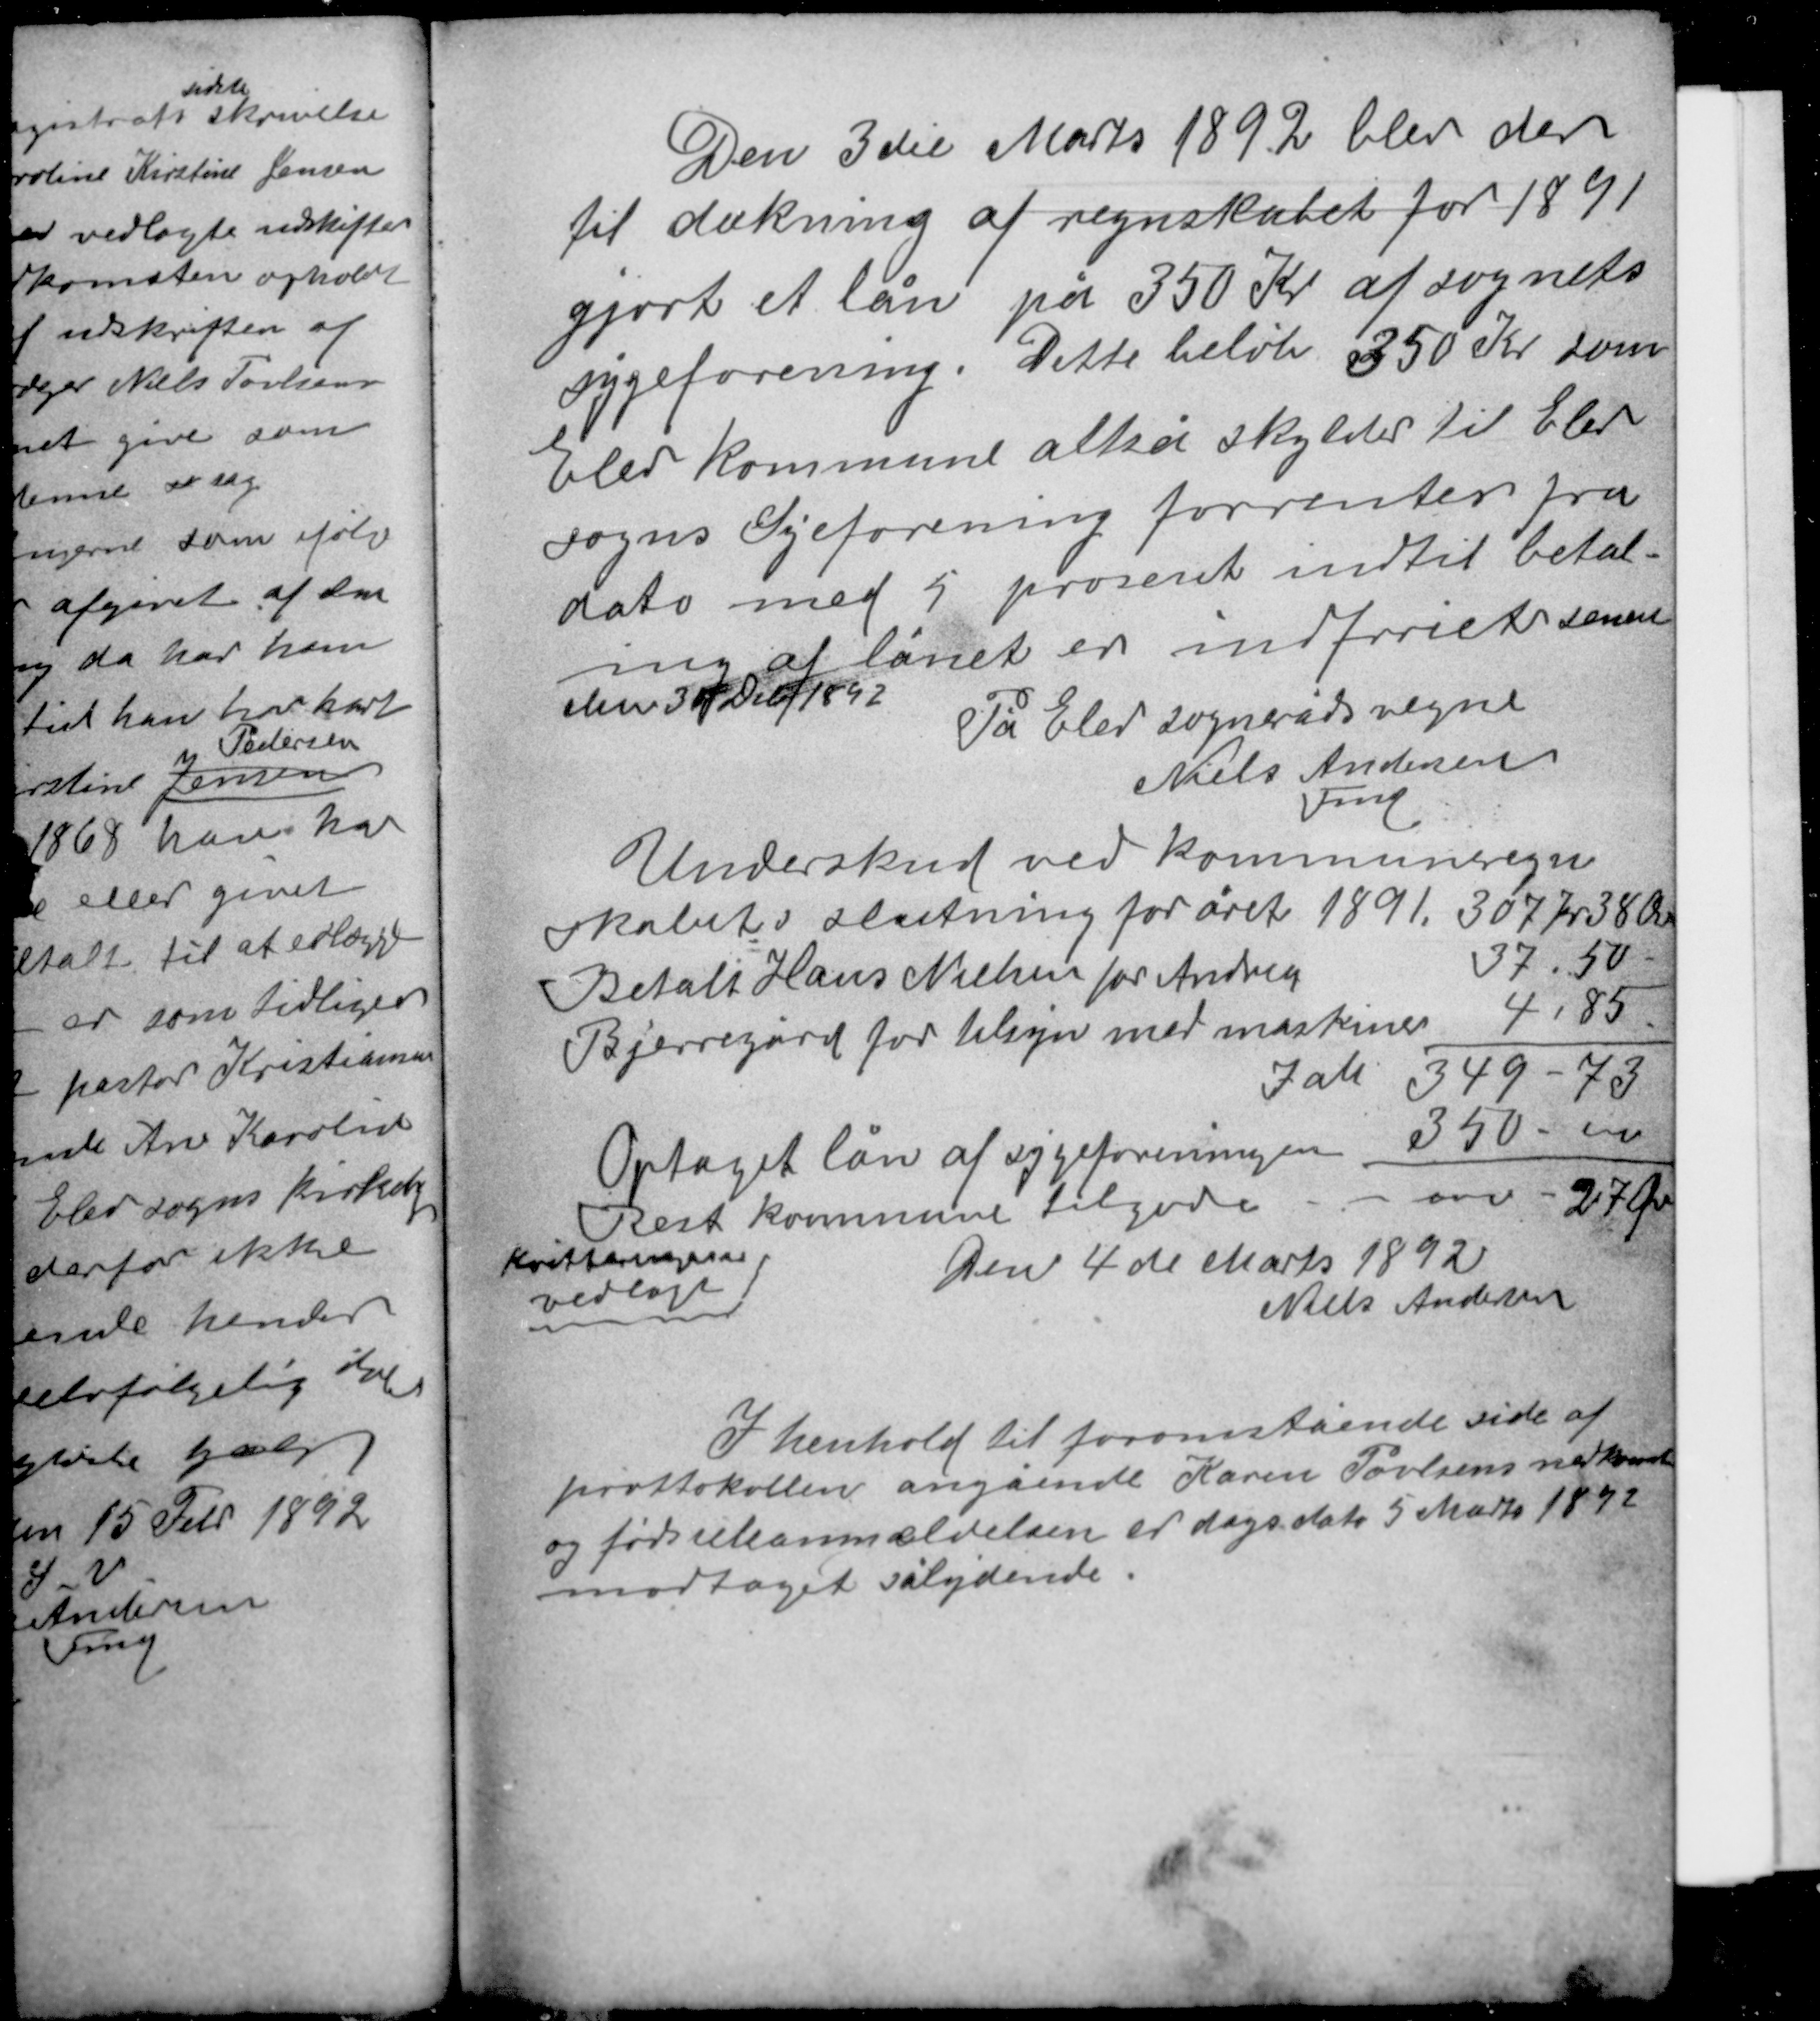
Transskription:
Den 3die Marts 1892 blev der
til dækning af regnskabet for 1891
gjort et lån på 350 Kr af sognets
sygeforening. Dette beløb 350 Kr som
Elev kommune altså skylder til Elev
sogns Sygeforening forrentes fra
dato med 5 procent indtil betal-
ing af lånet er indfriet senest
den 30 Debr 1892
På Elev sogneråds vegne
Niels Andersen
Fmd.

Underskud ved kommuneregn
skabets slutning for året 1891 307 Kr 38 Øre
Betalt Hans Nielsen for Andrea 37,50
Bjerregård for tilsyn med maskiner 4,85
Ialt 349-73
Optaget lån af sygeforeningen 350-00
Rest kommune tilgode 27 Øre

Den 4de Marts 1892
Niels Andersen

Kvitteringer
vedlagt

I henhold til foranstående side af
prottokollen angående Karen Povlsens nedkomst
og fødselsanmeldelsen er dags dato 5 Marts 1892
modtaget sålydende.